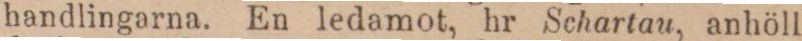
handlingarna. En ledamot, hr Schartau, anhöll